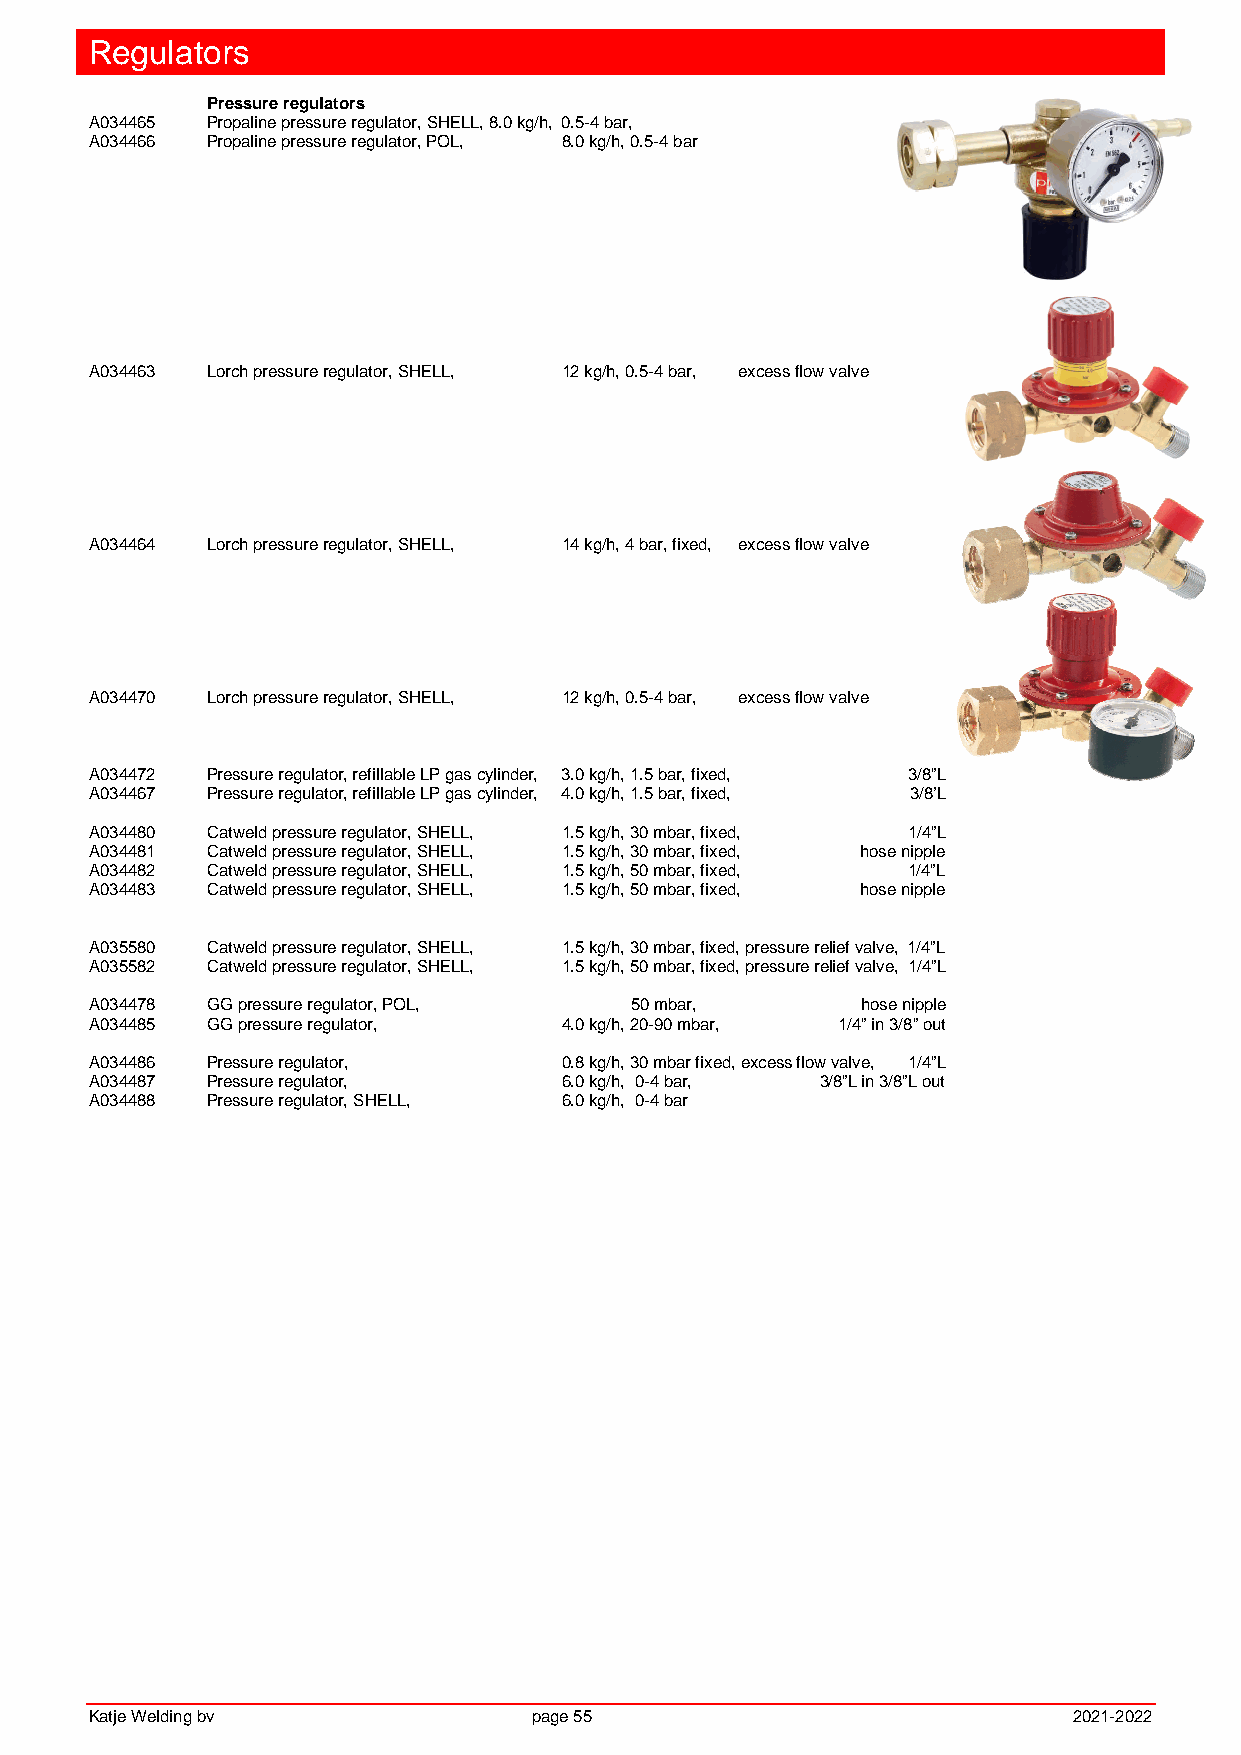
Regulators
 Pressure regulators
 A034465 Propaline pressure regulator, SHELL, 8.0 kg/h, 0.5-4 bar,
 A034466 Propaline pressure regulator, POL, 8.0 kg/h, 0.5-4 bar
 A034463 Lorch pressure regulator, SHELL, 12 kg/h, 0.5-4 bar, excess flow valve
 A034464 Lorch pressure regulator, SHELL, 14 kg/h, 4 bar, fixed, excess flow valve
 A034470 Lorch pressure regulator, SHELL, 12 kg/h, 0.5-4 bar, excess flow valve
 A034472 Pressure regulator, refillable LP gas cylinder, 3.0 kg/h, 1.5 bar, fixed, 3/8”L
 A034467 Pressure regulator, refillable LP gas cylinder, 4.0 kg/h, 1.5 bar, fixed, 3/8’L
 A034480 Catweld pressure regulator, SHELL, 1.5 kg/h, 30 mbar, fixed, 1/4”L
 A034481 Catweld pressure regulator, SHELL, 1.5 kg/h, 30 mbar, fixed, hose nipple
 A034482 Catweld pressure regulator, SHELL, 1.5 kg/h, 50 mbar, fixed, 1/4”L
 A034483 Catweld pressure regulator, SHELL, 1.5 kg/h, 50 mbar, fixed, hose nipple
 A035580 Catweld pressure regulator, SHELL, 1.5 kg/h, 30 mbar, fixed, pressure relief valve, 1/4”L
 A035582 Catweld pressure regulator, SHELL, 1.5 kg/h, 50 mbar, fixed, pressure relief valve, 1/4”L
 A034478 GG pressure regulator, POL, 50 mbar,       hose nipple
 A034485 GG pressure regulator, 4.0 kg/h, 20-90 mbar, 1/4” in 3/8” out
 A034486 Pressure regulator,    0.8 kg/h, 30 mbar fixed, excess flow valve, 1/4”L
 A034487 Pressure regulator,    6.0 kg/h, 0-4 bar, 3/8”L in 3/8”L out
 A034488 Pressure regulator, SHELL, 6.0 kg/h, 0-4 bar
 Katje Welding bv             page 55                             2021-2022